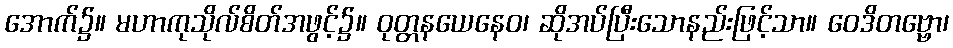
အောက်၌။ မဟာကုသိုလ်စိတ်အဖွင့်၌။ ဝုတ္တနယေနေဝ၊ ဆိုအပ်ပြီးသောနည်းဖြင့်သာ။ ဝေဒိတဗ္ဗော၊